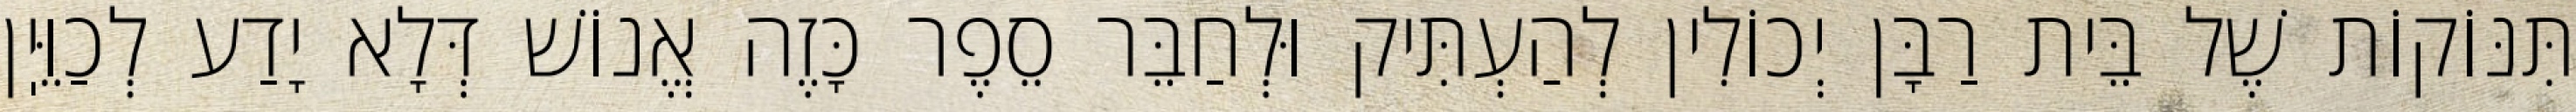
תִּנּוֹקוֹת שֶׁל בֵּית רַבָּן יְכוֹלִין לְהַעְתִּיק וּלְחַבֵּר סֵפֶר כָּזֶה אֱנוֹשׁ דְּלָא יָדַע לְכַוֵּיֽן